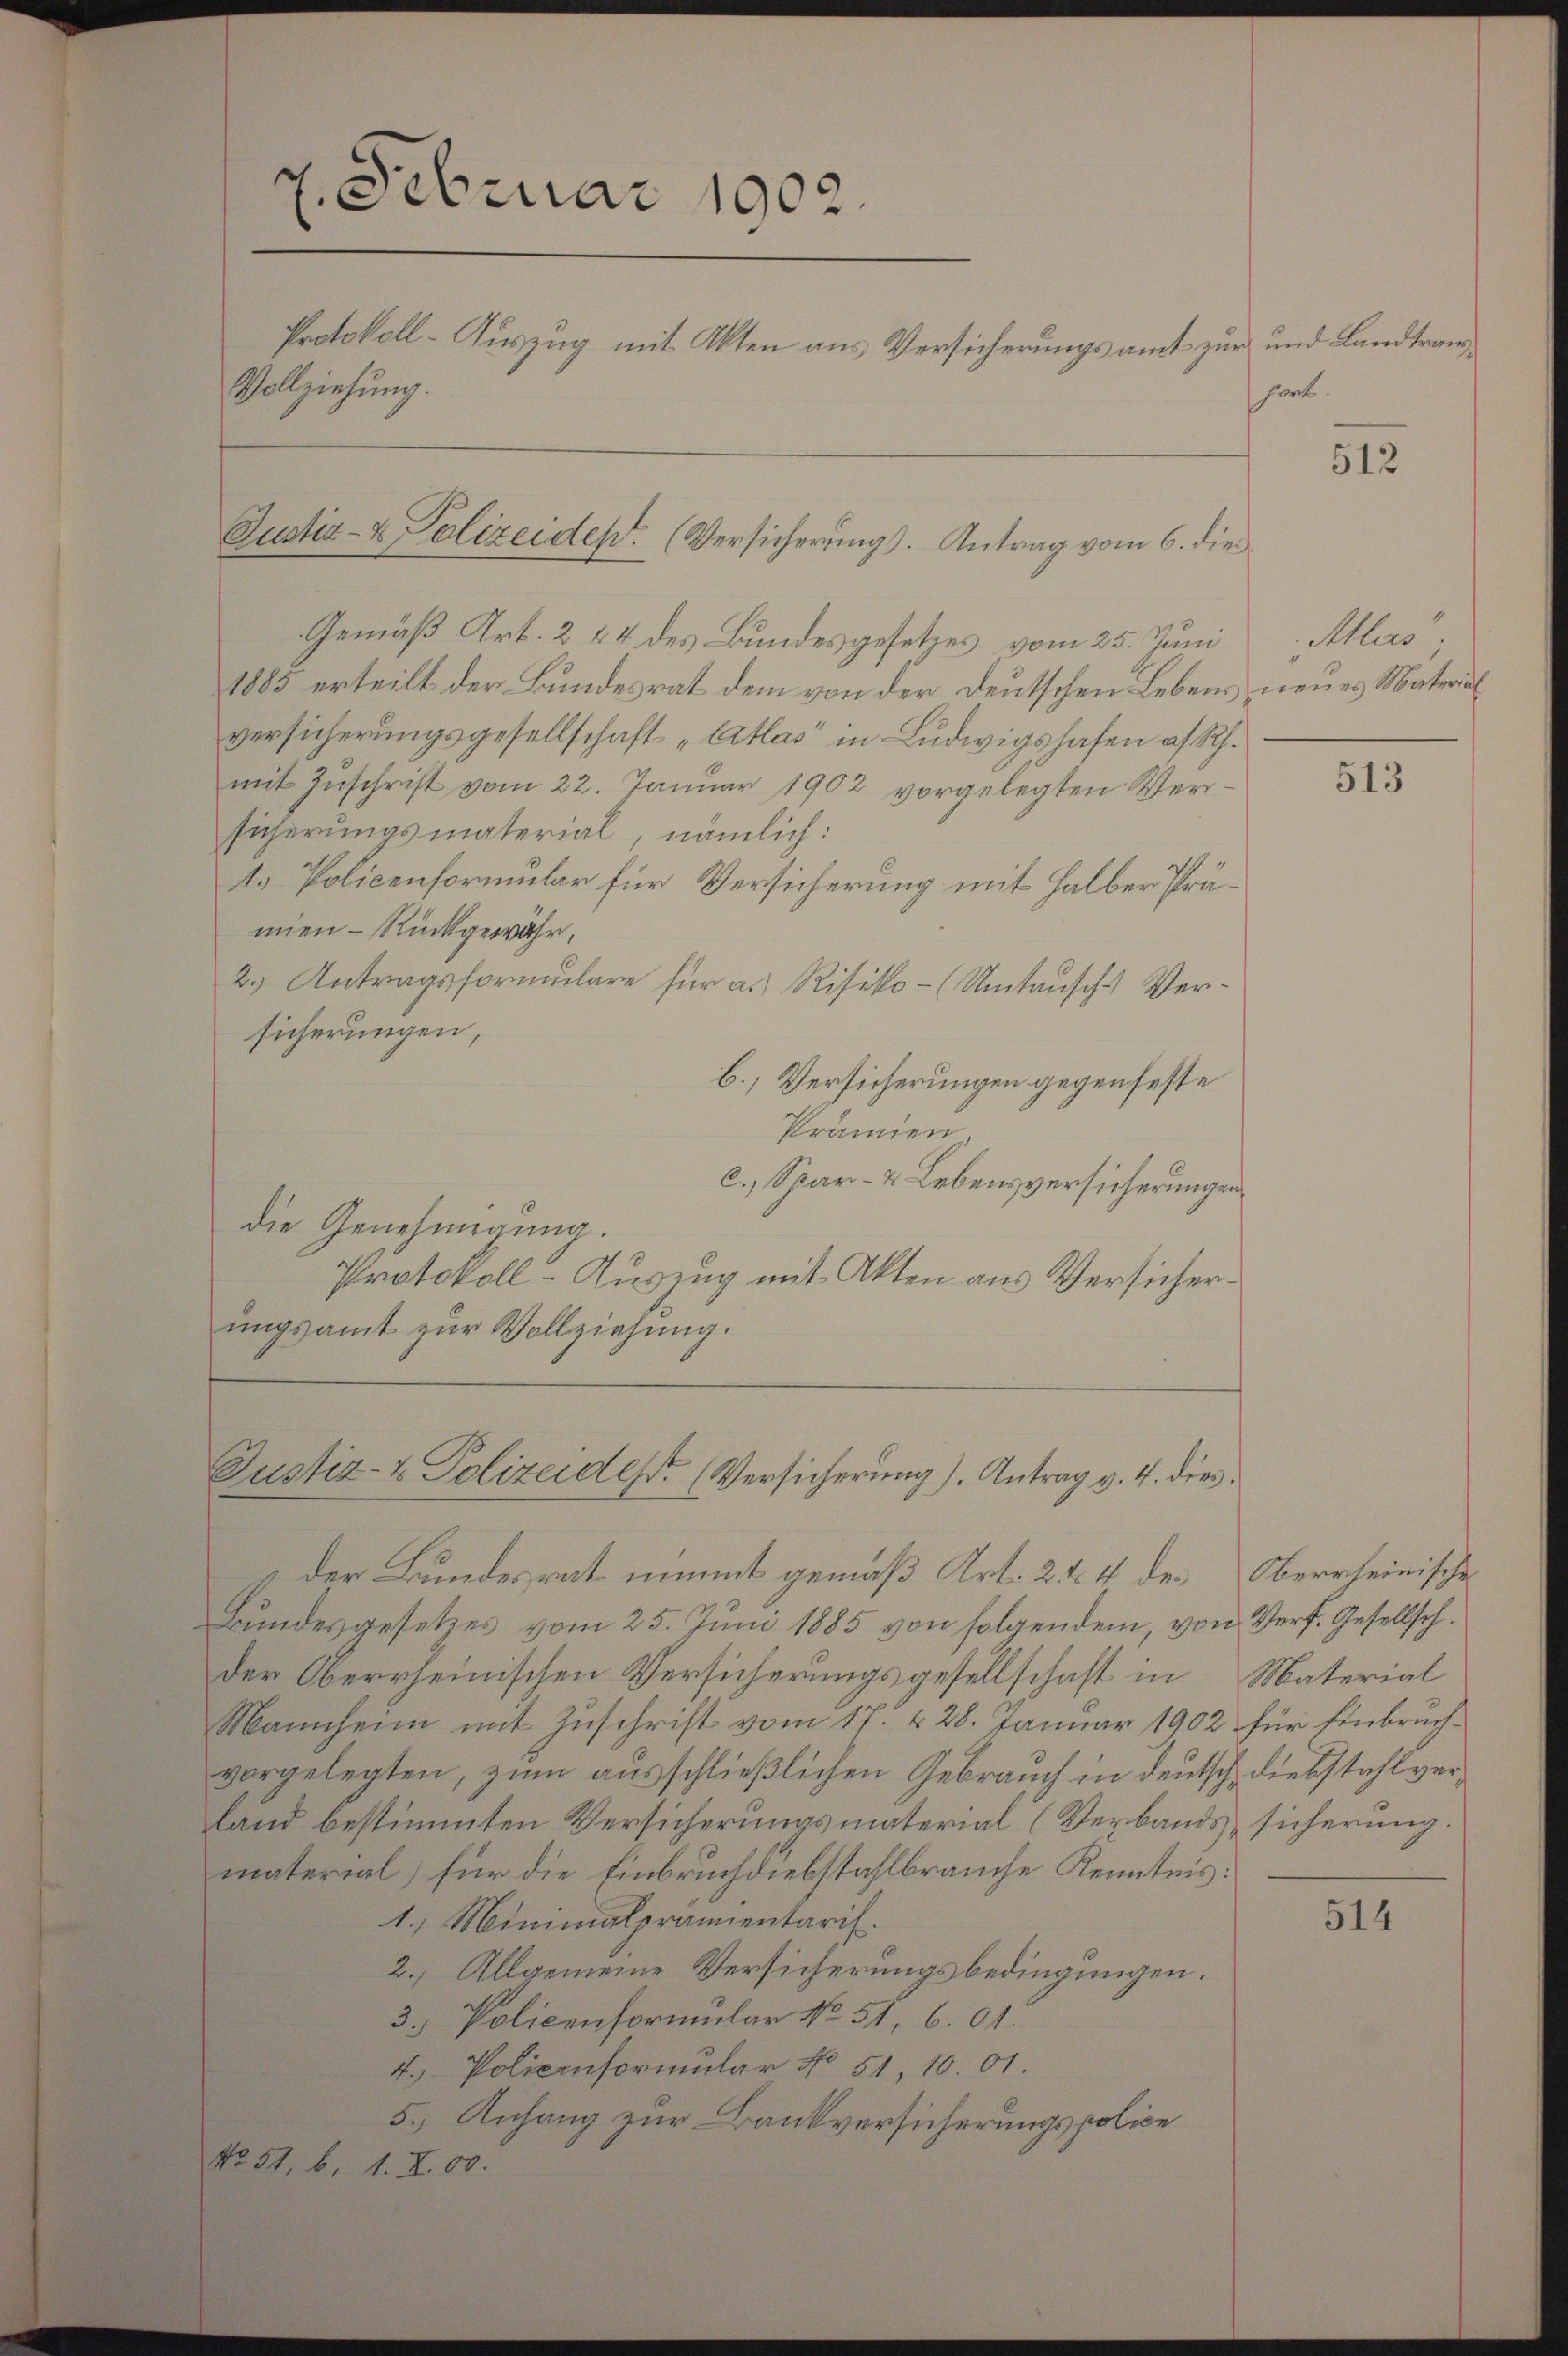
7. Februar 1902.
Protokoll- Auszug mit Akten aus Versicherungsamt zur und Landtrans¬
Vollziehung.

Gemäß Art. 2 & 4 des Bundesgesetzes vom 25. Juni
1885 erteilt der Bundesrat dem von der Deutschen Lebens neues Material
versicherungsgesellschaft „Atlas in Ludwigshafen a. Rh.
mit Zŭschrift vom 22. Januar 1902 vorgelegten Versicherungsmaterial, nämlich:
t. Policenformular für Versicherung mit Halber Prämien - Rückgewähr,
2.) Antragsformulare für a. Risiko- (Umtausch. Versicherungen,
b., Versicherungen gegenfeste
Prämien.
c. Spar- & Lebensversicherungen
die Genehmigung.
Protokoll-Auszug mit Akten aus Versicherungsamt zŭr Vollziehung.

Justiz- & Polizeides. (Versicherung. Antrag vom 6. die

Justiz- & Polizeides. (Versicherung). Antrag v. 4. dies
der Bundesrat nimmt gemäß Art. 244 des

Bundesgesetzes vom 25. Juni 1885 von folgendem, von Verf. Gesellsch.
der Oberrheinischen Versicherungsgesellschaft in
Mannheim mit Zuschrift vom 17. v. 28. Januar 1902 für Einbruchvorgelegten, zum ausschließlichen Gebrauch in deutsch. Diebstahl verland bestimmten Versicherungsmaterial (Verbands sicherung.
material) für die Einbruchdiebstahlbrauche Kenntnis:
1.) Minimalprämientaris.
2.) Allgemeine Versicherungsbedingungen.
3. Policenformular No. 51, 601.
4. Policenformular No 51, 10. 01.
5. Anhang zur Bankversicherungspolice
No. 51, b. 1. X. 00.

hört.

512

Allas

513

Oberrheinische
Material

514